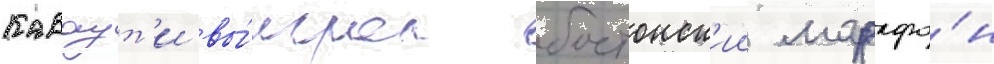
Каваут'и вы́играл бостонск'ии марафо́н